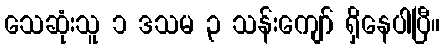
သေဆုံးသူ ၁ ဒသမ ၃ သန်းကျော် ရှိနေပါပြီ။